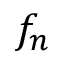
f _ { n }